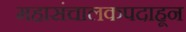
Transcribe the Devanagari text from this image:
महासंचालकपदाहून